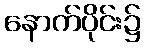
နောက်ပိုင်း၌